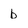
Character: b